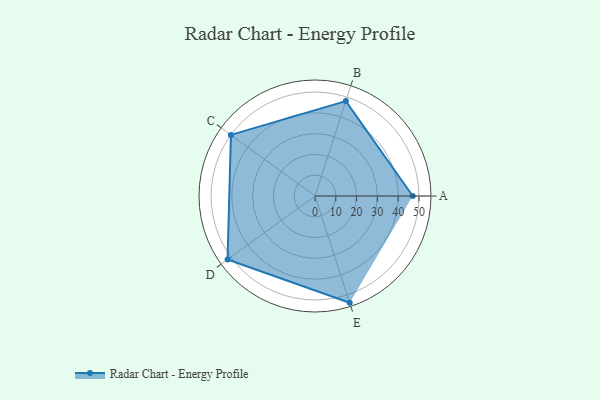
{"axis": {"x": "Skill", "y": "Score"}, "legend": ["Profile"], "data": [{"x": "A", "y": 47.0, "type": "Profile"}, {"x": "B", "y": 48.0, "type": "Profile"}, {"x": "C", "y": 50.0, "type": "Profile"}, {"x": "D", "y": 52.0, "type": "Profile"}, {"x": "E", "y": 54.0, "type": "Profile"}]}